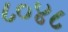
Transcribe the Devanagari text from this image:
८०४८